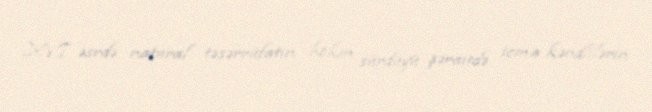
XVI əsrdə natural təsərrüfatın hökm sürdüyü şəraitdə icma kəndlilərin